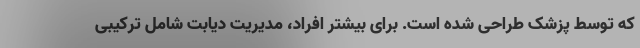
که توسط پزشک طراحی شده است. برای بیشتر افراد، مدیریت دیابت شامل ترکیبی